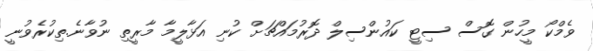
ވެމްކޯ މީހުން ގޮސް ސިޓީ ކައުންސިލް ދޮރުމައްޗަށް ކުނި އަޅާލީމާ މާރީތި ނުވާނެ.ތިކުރެވުނީ